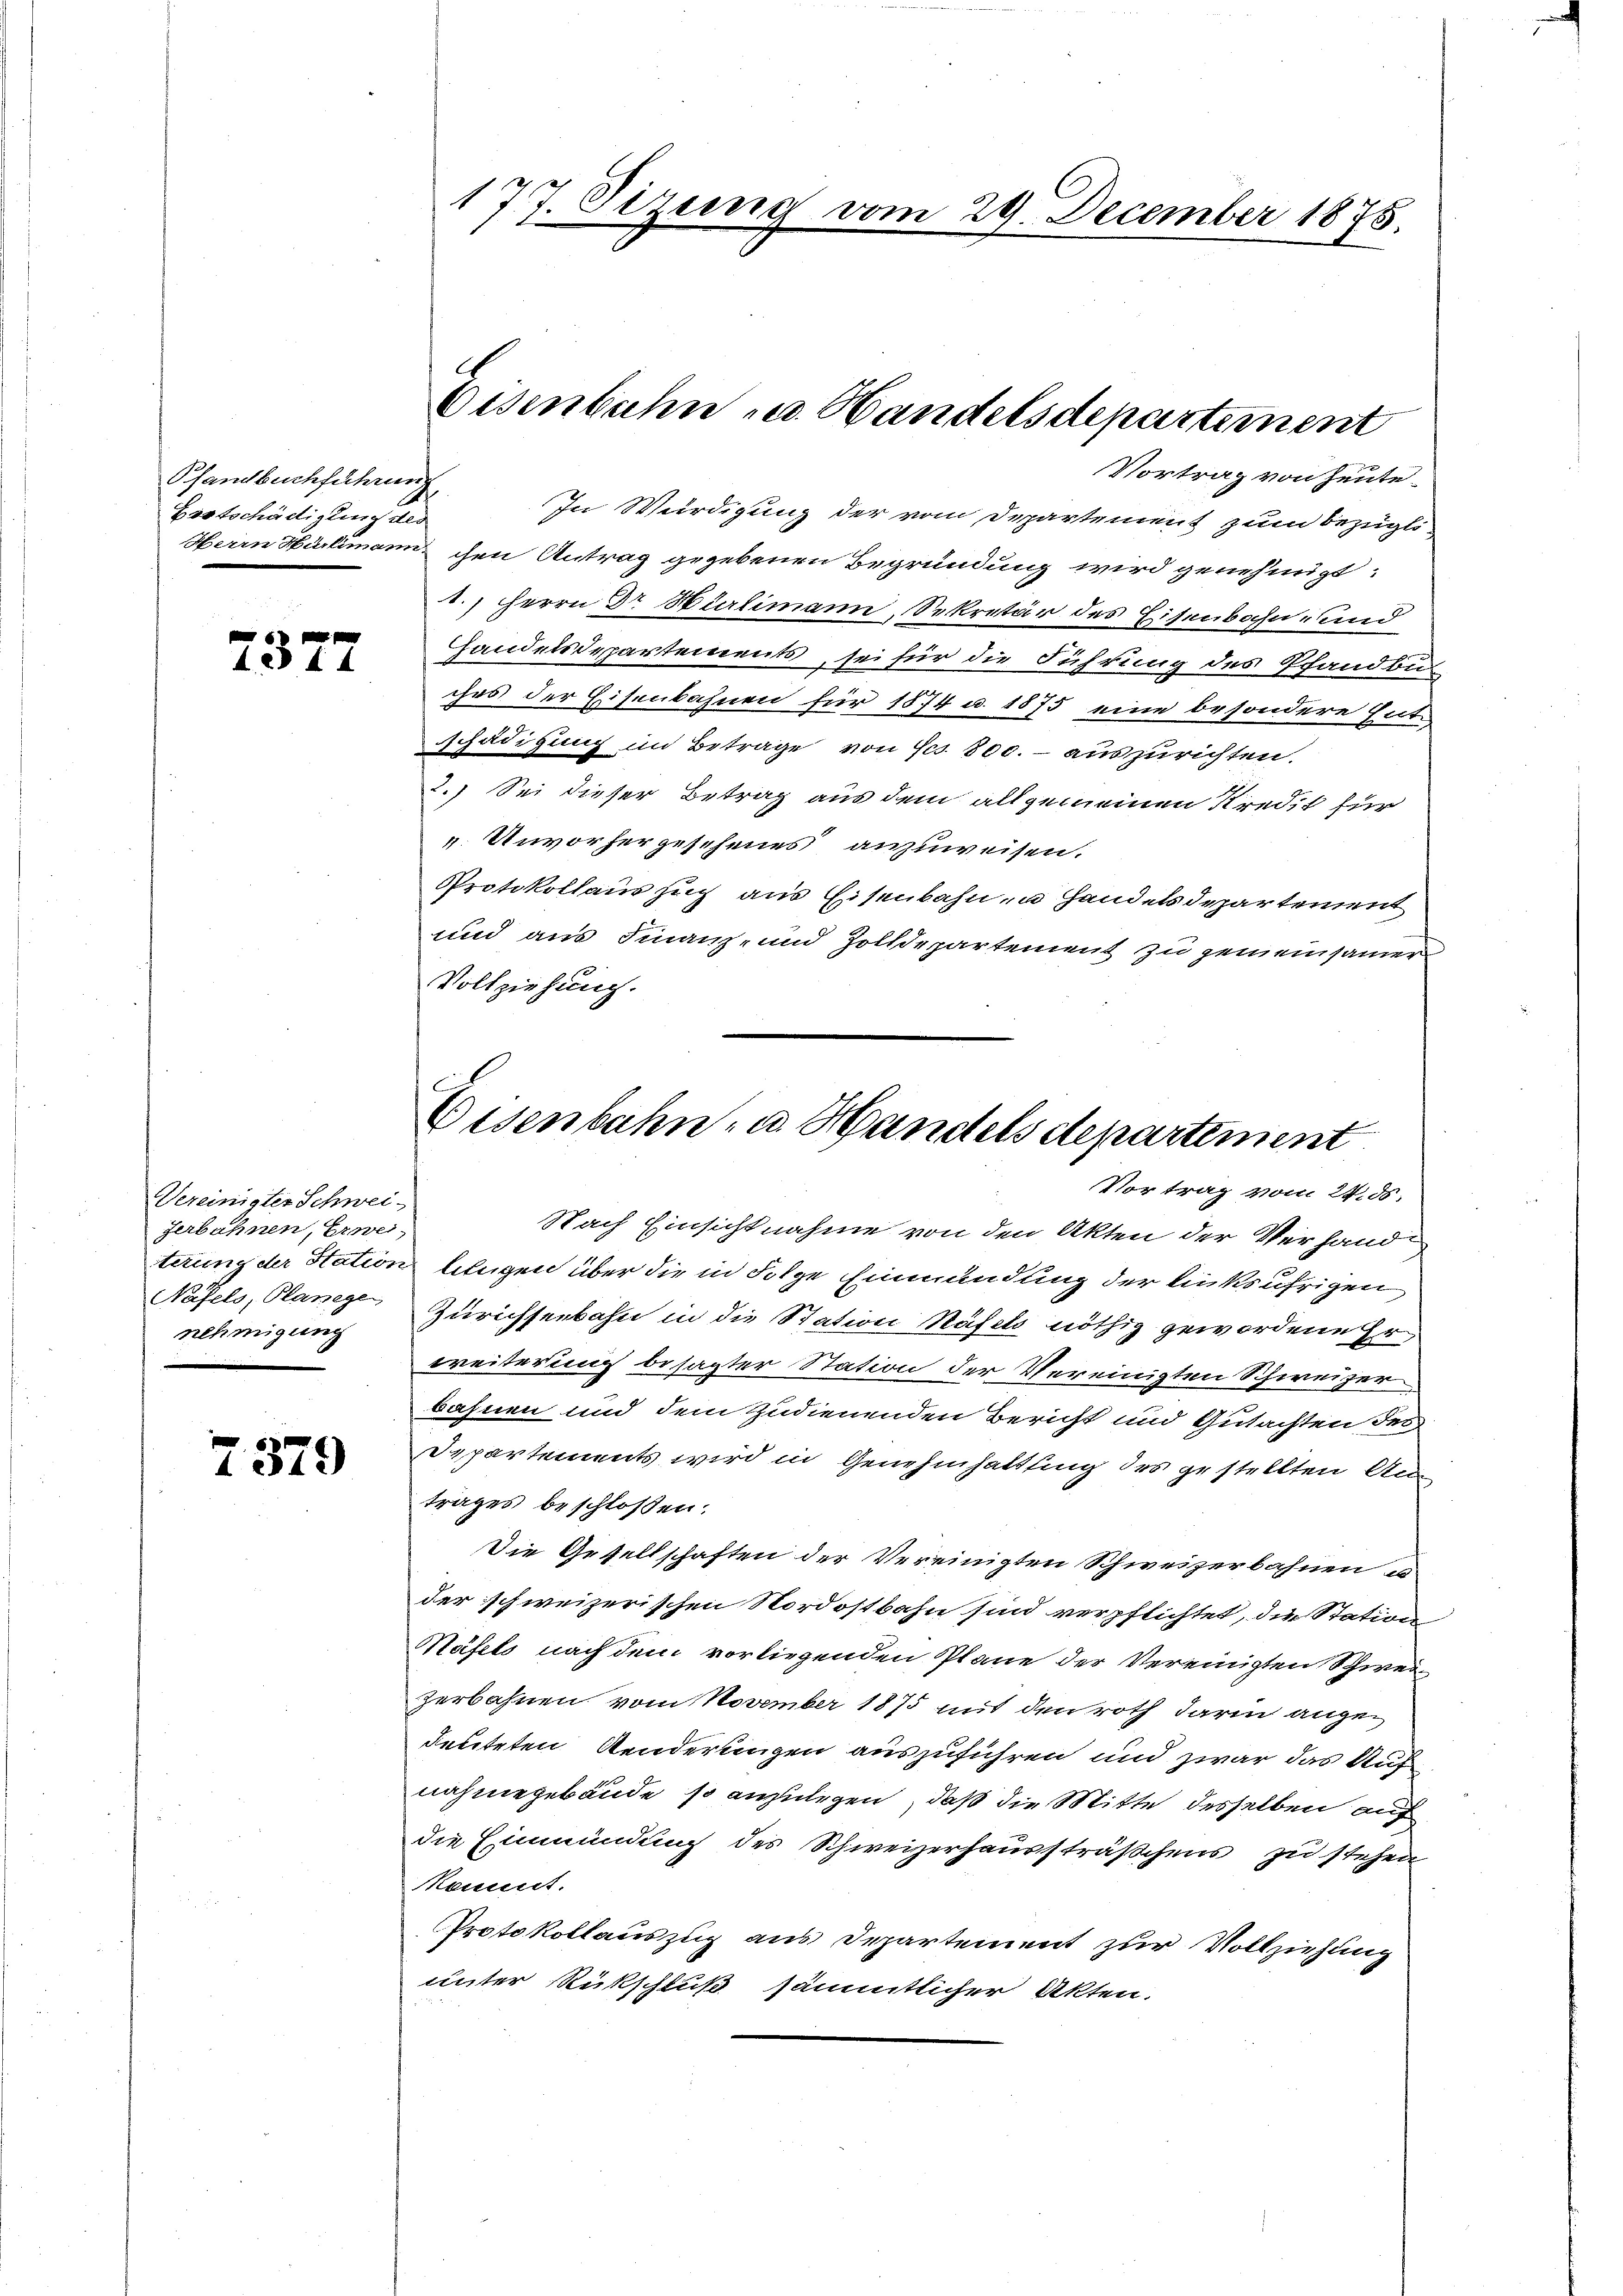
Pfandbuchführung
Fortschädigung des

4. ad 14

Vereinigter Schwei-
Zerbahnen, Erwei
nehmigung

7379

Vortrag von heute.
In Würdigung der vom Departement zum bezügli
Herrn Hürlimann chen Antrag gegebenen Begründung wird genehmigt:
1.) Herrn Dr. Hürlimann, Sekretär des Eisenbahn- und
Handelsdepartements, sei für die Führung des Pfandlun
ches der Eisenbahnen für 1874 u. 1875 eine besondere Entschädigung im Betrage von Fcs. 800.- auszurichten.
2.) Sei dieser Betrag aus dem allgemeinen Kredit für
 Unvorhergeschenes anzuweisen.
Protokollauszug aus Eisenbahn- u Handelsdepartement
und aus Finanz- und Zolldepartement zu gemeinsamer
Vollziehung.

177. Otzung vom 29. December 1875.

Eisenbahn u. Handelsdepartement

Eisenbahn- u. Handels departement
Vortrag vom 24. 85.

Nach Einsichtnahme von den Akten der Verhandterung der Station belegen über die in Folge Einmündung der linksufrigen
Näfels, Planes Zürichseebahn in die Station Näfels nöthig gewordene Er
weiterung besagter Station der Vereinigten Schweizer
bahnen und dem zudienenden Bericht und Gutachten des
Departements wird in Genehmhaltung des gestellten Antrages beschloßen:
Die Gesellschaften der Vereinigten Schweizerbahnen u.
der schweizerischen Nordostbahn sind verpflichtet, die Station
Näfels nach dem vorliegenden Plane der Vereinigten Schwei
zerbahnen vom November 1875 mit den roth darin angedeuteten Aenderungen auszuführen und zwar das Aus
nahmegebäude so anzulegen, daß die Mitte desselben auf
die Einmündung des Schweizerhaussträßchens zu stehen
Kamnnt.
Protokollauszug aus Departement zur Vollziehung
unter Rückschluß sämmtlicher Akten.